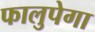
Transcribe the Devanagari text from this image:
फालुपेगा